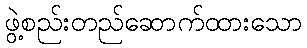
ဖွဲ့စည်းတည်ဆောက်ထားသော